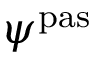
\psi ^ { \mathrm { p a s } }